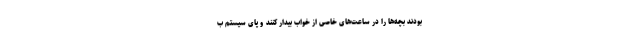
بودند بچه‌ها را در ساعت‌های خاصی از خواب بیدار کنند و پای سیستم ب